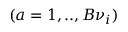
( a = 1 , . . , B { \nu } _ { i } )